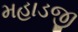
મહાડજી